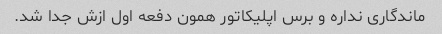
ماندگاری نداره و برس اپلیکاتور همون دفعه اول ازش جدا شد.